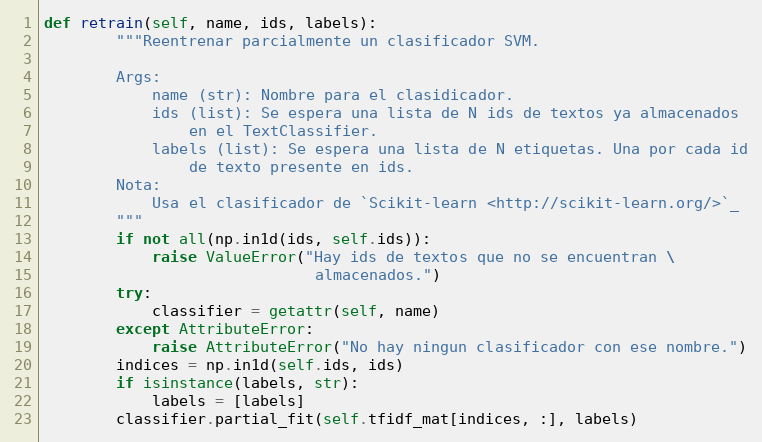
Language: Python
def retrain(self, name, ids, labels):
        """Reentrenar parcialmente un clasificador SVM.

        Args:
            name (str): Nombre para el clasidicador.
            ids (list): Se espera una lista de N ids de textos ya almacenados
                en el TextClassifier.
            labels (list): Se espera una lista de N etiquetas. Una por cada id
                de texto presente en ids.
        Nota:
            Usa el clasificador de `Scikit-learn <http://scikit-learn.org/>`_
        """
        if not all(np.in1d(ids, self.ids)):
            raise ValueError("Hay ids de textos que no se encuentran \
                              almacenados.")
        try:
            classifier = getattr(self, name)
        except AttributeError:
            raise AttributeError("No hay ningun clasificador con ese nombre.")
        indices = np.in1d(self.ids, ids)
        if isinstance(labels, str):
            labels = [labels]
        classifier.partial_fit(self.tfidf_mat[indices, :], labels)